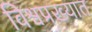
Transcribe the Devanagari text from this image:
विश्वप्रख्यात